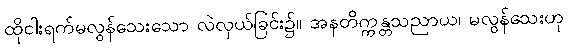
ထိုငါးရက်မလွန်သေးသော လဲလှယ်ခြင်း၌။ အနတိက္ကန္တသညာယ၊ မလွန်သေးဟု